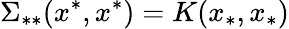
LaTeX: \Sigma_{**}(x^{*},x^{*})=K(x_{*},x_{*})